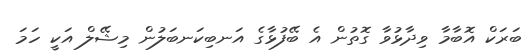
ބަރަކް އޮބާމާ ވިދާޅުވާ ގޮތުން އެ ބޭފުޅާގެ އަނބިކަނބަލުން މިޝޭލް އަކީ ހަމަ